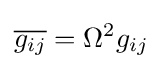
{\overline {g_{ij}}}=\Omega ^{2}g_{ij}